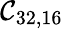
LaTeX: \mathcal{C}_{32,16}